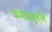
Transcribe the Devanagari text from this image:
कमंडलूतले